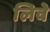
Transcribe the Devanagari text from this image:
लिवे